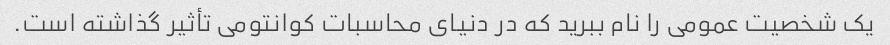
یک شخصیت عمومی را نام ببرید که در دنیای محاسبات کوانتومی تأثیر گذاشته است.